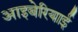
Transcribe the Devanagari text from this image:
आइबेरियाई